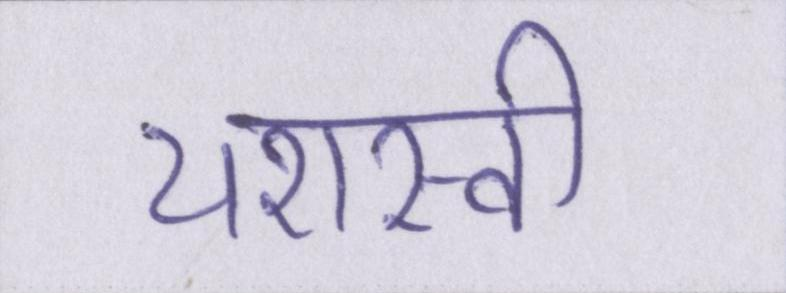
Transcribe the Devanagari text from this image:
यशस्वी